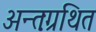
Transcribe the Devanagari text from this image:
अन्तःग्रथित